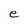
Character: e